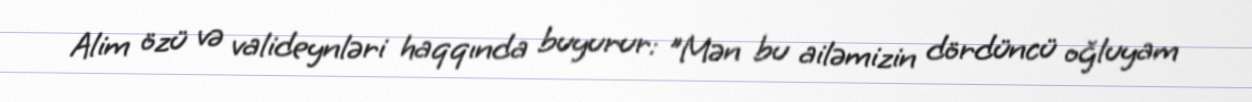
Alim özü və valideynləri haqqında buyurur: "Mən bu ailəmizin dördüncü oğluyam